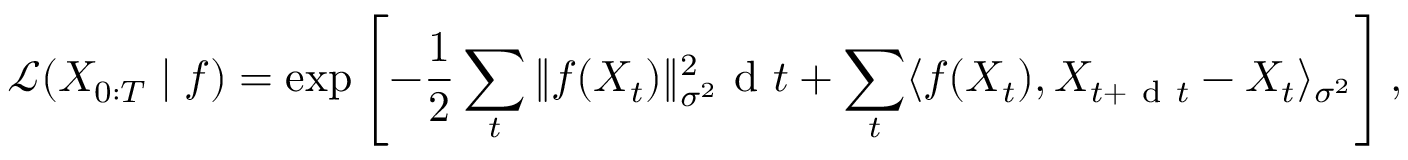
\mathcal { L } ( X _ { 0 : T } \mid f ) = \exp \left[ - \frac { 1 } { 2 } \sum _ { t } \| f ( X _ { t } ) \| _ { \sigma ^ { 2 } } ^ { 2 } \mathrm { ~ d ~ } t + \sum _ { t } \langle f ( X _ { t } ) , X _ { t + \mathrm { ~ d ~ } t } - X _ { t } \rangle _ { \sigma ^ { 2 } } \right] ,